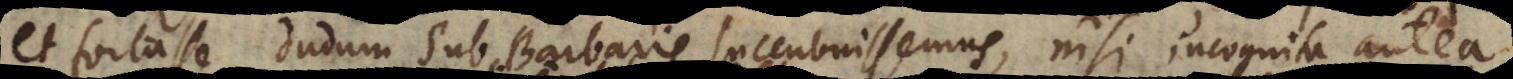
et fortasse dudum sub Barbaris succubuissemus, nisi incognita antea